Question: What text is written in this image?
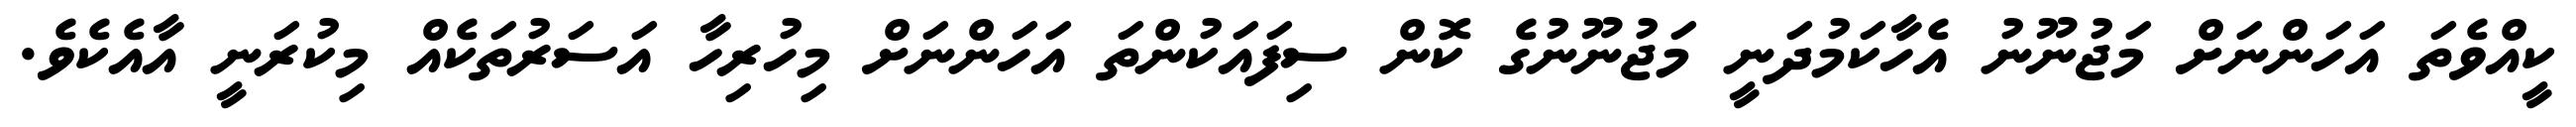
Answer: ކީއްވެތަ އަހަންނަށް މަޖުނޫނު އެހާކަމުދަނީ މަޖުނޫނުގެ ކޮން ސިފައަކުންތަ އަހަންނަށް މިހުރިހާ އަސަރުތަކެއް މިކުރަނީ އާއެކެވެ.